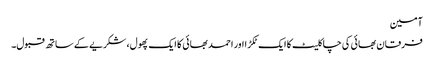
آمین
فرقان بھائی کی چاکلیٹ کا ایک ٹکڑا اور احمد بھائی کا ایک پھول، شکریے کے ساتھ قبول۔